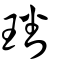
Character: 璠